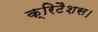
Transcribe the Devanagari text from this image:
क्रिटैशस।